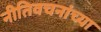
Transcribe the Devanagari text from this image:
नीतिवचनांच्या